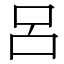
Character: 呂